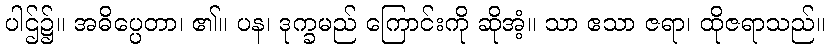
ပါဌ်၌။ အဓိပ္ပေတာ၊ ၏။ ပန၊ ဒုက္ခမည် ကြောင်းကို ဆိုအံ့။ သာ ဧသာ ဇရာ၊ ထိုဇရာသည်။